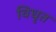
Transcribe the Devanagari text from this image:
विधृत